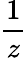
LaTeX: \frac{1}{z}